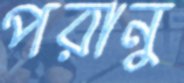
পরানু